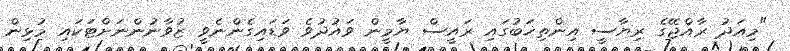
"މިއަދު ރާއްޖޭގެ ރިޔާސީ އިންތިޚަބުގައި ރައީސް ޔާމީން ވައުދުވެ ވަޑައިގެންނެވީ ޒުވާނުންނަށްޓަކައި މުޅިން